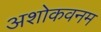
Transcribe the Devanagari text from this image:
अशोकवनम